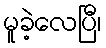
မူခဲ့လေပြီ၊